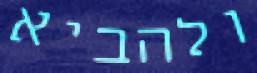
ולהביא